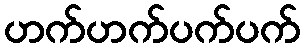
ဟက်ဟက်ပက်ပက်